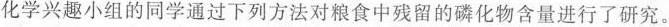
化学兴趣小组的同学通过下列方法对粮食中残留的磷化物含量进行了研究。